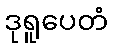
ဒုရူပေတံ